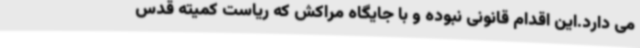
می دارد.این اقدام قانونی نبوده و با جایگاه مراکش که ریاست کمیته قدس